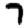
Digit: 7